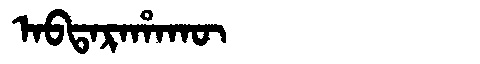
Manchu: ᠠᠪᡨᠠᡵᠠᡥᠠᡴᡡ
Romanization: ABTARAHAKŪ